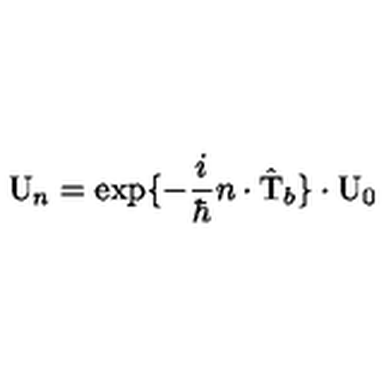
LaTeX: \mathrm { U } _ { n } = \exp \{ - \frac { i } { \hbar } n \cdot \hat { \mathrm { T } } _ { b } \} \cdot \mathrm { U } _ { 0 }